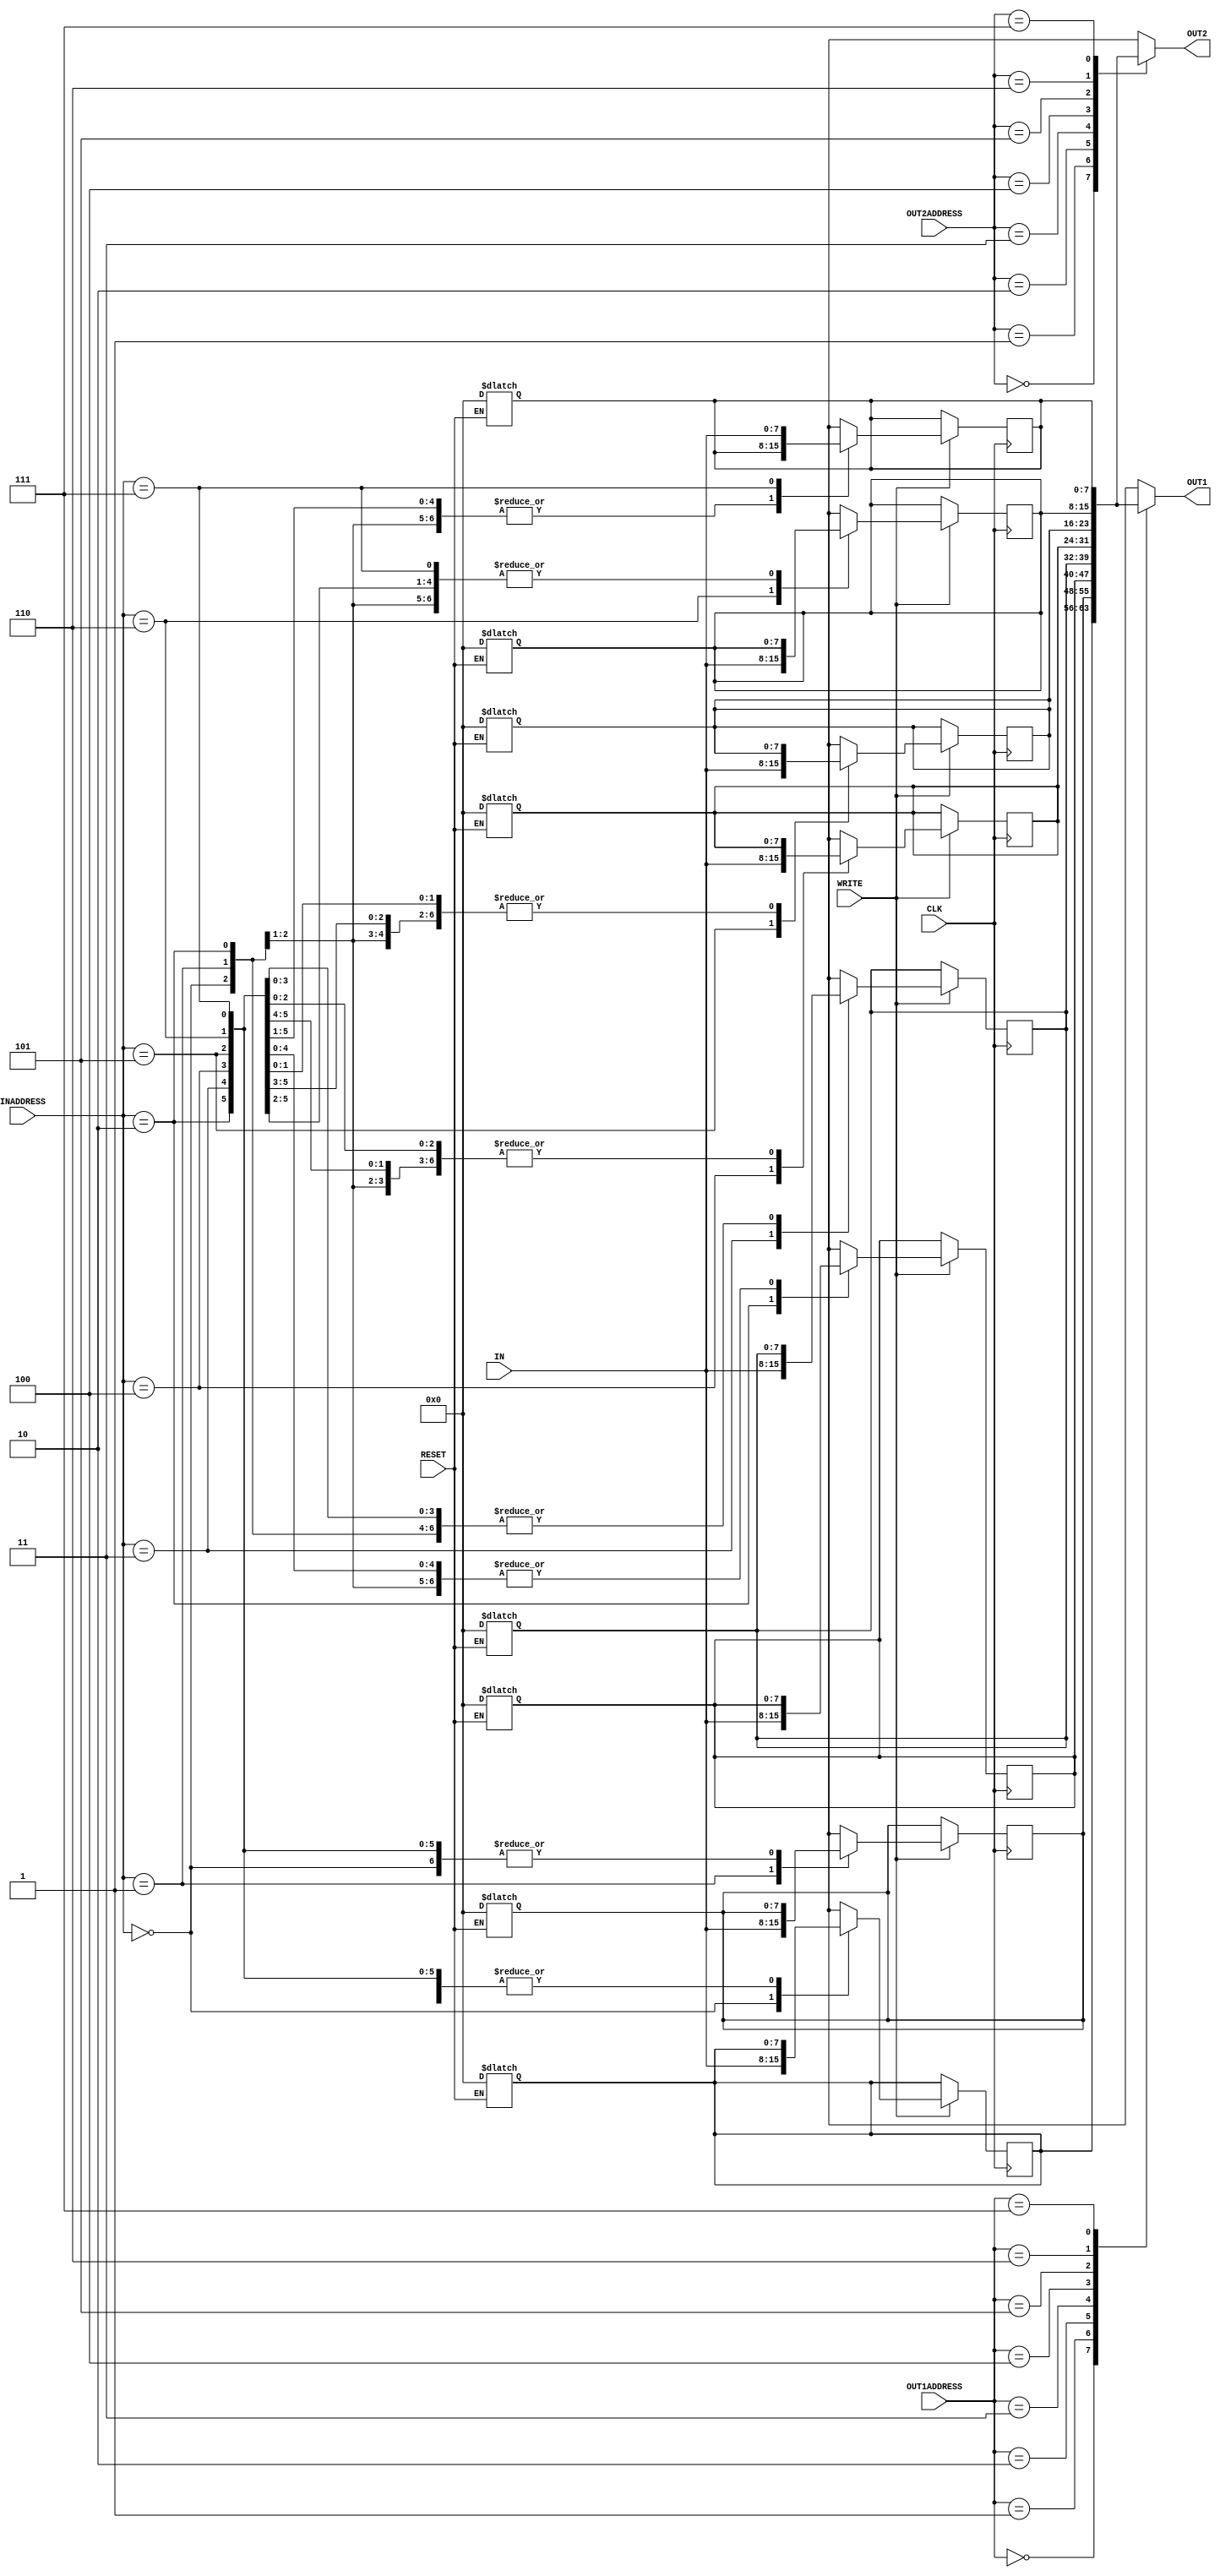



module reg_file(IN, OUT1, OUT2, INADDRESS, OUT1ADDRESS, OUT2ADDRESS, WRITE, CLK, RESET);
	input [7:0] IN;
	input [2:0] INADDRESS, OUT1ADDRESS, OUT2ADDRESS; //input output addresses
	input WRITE, CLK, RESET;				
	                                        		
	output [7:0] OUT1, OUT2;
	
	//reg [7:0] OUT1, OUT2;
	                                                //registers as an array
	reg [7:0] registers [7:0];
	       
	integer i; 
	
	assign	OUT1 = registers[OUT1ADDRESS];				//always set OUT1 to data in OUT1ADDRESS th register 
	assign OUT2 = registers[OUT2ADDRESS];              //always set OUT2 to data in OUT2ADDRESS th register 
	
	always @ (posedge CLK) begin                       //only work with positive edge

		
		if(WRITE == 1'b1) 
			registers[INADDRESS] = IN;              //if write enabled update data in INADDRESS
			
		
	end
	
	

	
	
	always @ (RESET) begin
		if(RESET == 1'b1)  begin                         //reset all the registers 
		    
			for (i = 0; i < 8; i = i+1)
				registers[i] = 8'b0000_0000;
            
			i = 0;
		 end 
	end			
				
			
endmodule